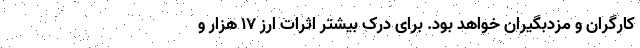
کارگران و مزدبگیران خواهد بود. برای درک بیشتر اثراتِ ارز ۱۷ هزار و